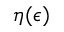
\eta ( \epsilon )